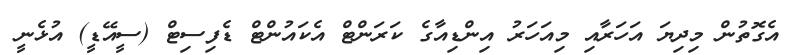
އެގޮތުން މިދިޔަ އަހަރާއި މިއަހަރު އިންޑިއާގެ ކަރަންޓް އެކައުންޓް ޑެފިސިޓް (ސީއޭޑީ) އުޅެނީ